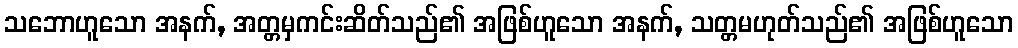
သဘောဟူသော အနက်, အတ္တမှကင်းဆိတ်သည်၏ အဖြစ်ဟူသော အနက်, သတ္တမဟုတ်သည်၏ အဖြစ်ဟူသော